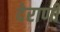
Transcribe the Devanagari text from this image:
देराणी